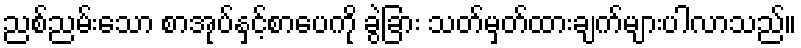
ညစ်ညမ်းသော စာအုပ်နှင့်စာပေကို ခွဲခြား သတ်မှတ်ထားချက်များပါလာသည်။